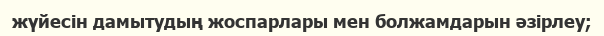
жүйесін дамытудың жоспарлары мен болжамдарын әзірлеу;